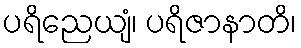
ပရိညေယျံ၊ ပရိဇာနာတိ၊